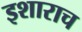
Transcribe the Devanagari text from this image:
इशाराच